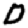
Digit: 0